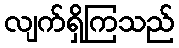
လျက်ရှိကြသည်